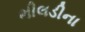
ભીલડીના